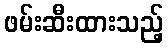
ဖမ်းဆီးထားသည့်